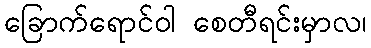
ခြောက်ရောင်ဝါ စေတီရင်းမှာလ၊